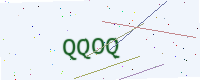
Text: QQOQ